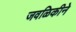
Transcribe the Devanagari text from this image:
जवळिकीने